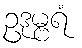
ဥဒုမ္ဗရံ